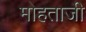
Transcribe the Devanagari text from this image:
मोहताजी